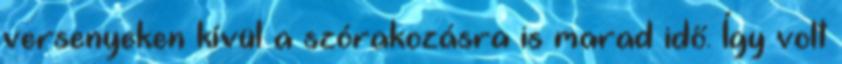
versenyeken kívül a szórakozásra is marad idő. Így volt